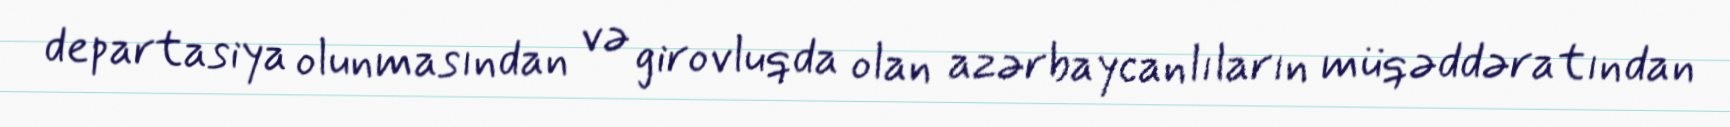
departasiya olunmasından və girovluqda olan azərbaycanlıların müqəddəratından